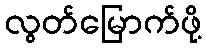
လွတ်မြောက်ဖို့